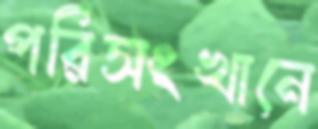
পরিসংখানে